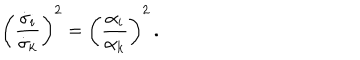
LaTeX: \left( \frac { \dot { \sigma } _ { i } } { \dot { \sigma } _ { k } } \right) ^ { 2 } = \left( \frac { \alpha _ { i } } { \alpha _ { k } } \right) ^ { 2 } \, .